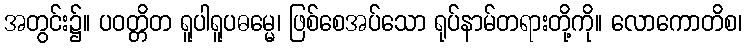
အတွင်း၌။ ပဝတ္တိတ ရူပါရူပဓမ္မေ၊ ဖြစ်စေအပ်သော ရုပ်နာမ်တရားတို့ကို။ လောကောတိစ၊